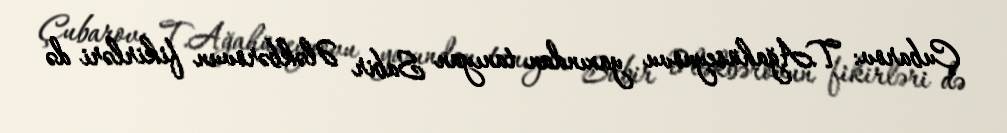
Çubarov: T.Ağahüseynovu yaxından tanıyan Sabir Ələkbərovun fikirləri də